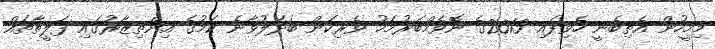
މިމީހުން އެތިބެނީ ހެވިފައި 2013ގެ ނޮވެމްބަރުމަހު ވެރިކަން ބަދަލުވާނެ ކަމުގެ އިންތިޒާރުގައި ފަލީތާތައް